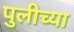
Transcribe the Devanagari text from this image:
पुलीच्या